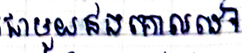
ជាមួយនឹងគោលដៅ